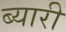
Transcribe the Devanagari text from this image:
ब्यारी